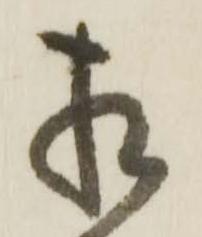
相